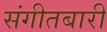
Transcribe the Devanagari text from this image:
संगीतबारी